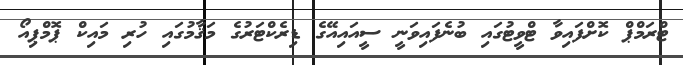
ޓްރަމްޕް ކޮށްފައިވާ ޓްވީޓުގައި ބުނެފައިވަނީ ސީއައިއޭގެ ޑިރެކްޓަރުގެ މަޤާމުގައި ހުރި މައިކް ޕޮމްޕިއޯ